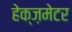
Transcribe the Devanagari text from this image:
हेक्ज़मेटर